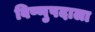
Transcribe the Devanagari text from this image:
विष्णुपदाला